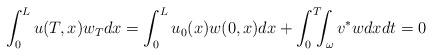
LaTeX: \begin{align*}\int_{0}^{L}u( T,x) w_{T}dx=\int_{0}^{L} u_0(x)w( 0,x) dx +\int_{0}^{T}\!\!\!\int_{\omega} v^*wdxdt=0 \end{align*}